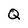
Character: Q